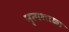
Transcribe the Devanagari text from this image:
नृत्यशाळा